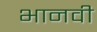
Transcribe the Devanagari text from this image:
भानवी